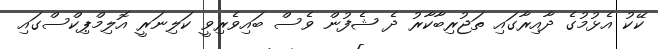
ކޭކު އެޅުމުގެ ދާއިރާގައި ތަޖުރިބާކާރު ދެ ޝެފުން ވެސް ބައިވެރިވީ ކަލިނަރީ އޮލިމްޕިކްސްގައި